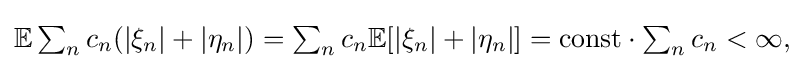
{\textstyle {\mathbb {E} }\sum _{n}c_{n}(|\xi _{n}|+|\eta _{n}|)=\sum _{n}c_{n}{\mathbb {E} }[|\xi _{n}|+|\eta _{n}|]={\text{const}}\cdot \sum _{n}c_{n}<\infty ,}